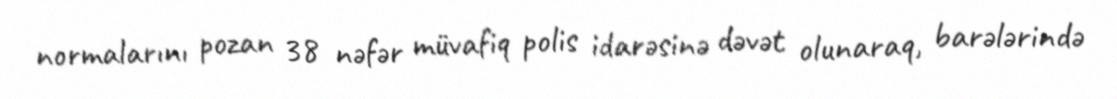
normalarını pozan 38 nəfər müvafiq polis idarəsinə dəvət olunaraq, barələrində